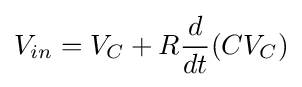
V_{in}=V_{C}+R{\frac {d}{dt}}(CV_{C})